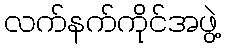
လက်နက်ကိုင်အဖွဲ့